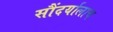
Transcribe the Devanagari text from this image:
सौंदर्यालाच